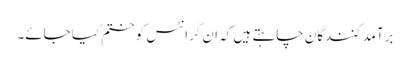
برآمد کنندگان چاہتے ہیں کہ ان گرانٹس کو ختم کیا جائے۔